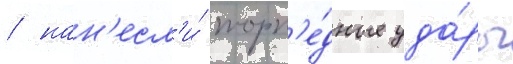
/ нан'есл'и́ торп'е́дные уда́ры